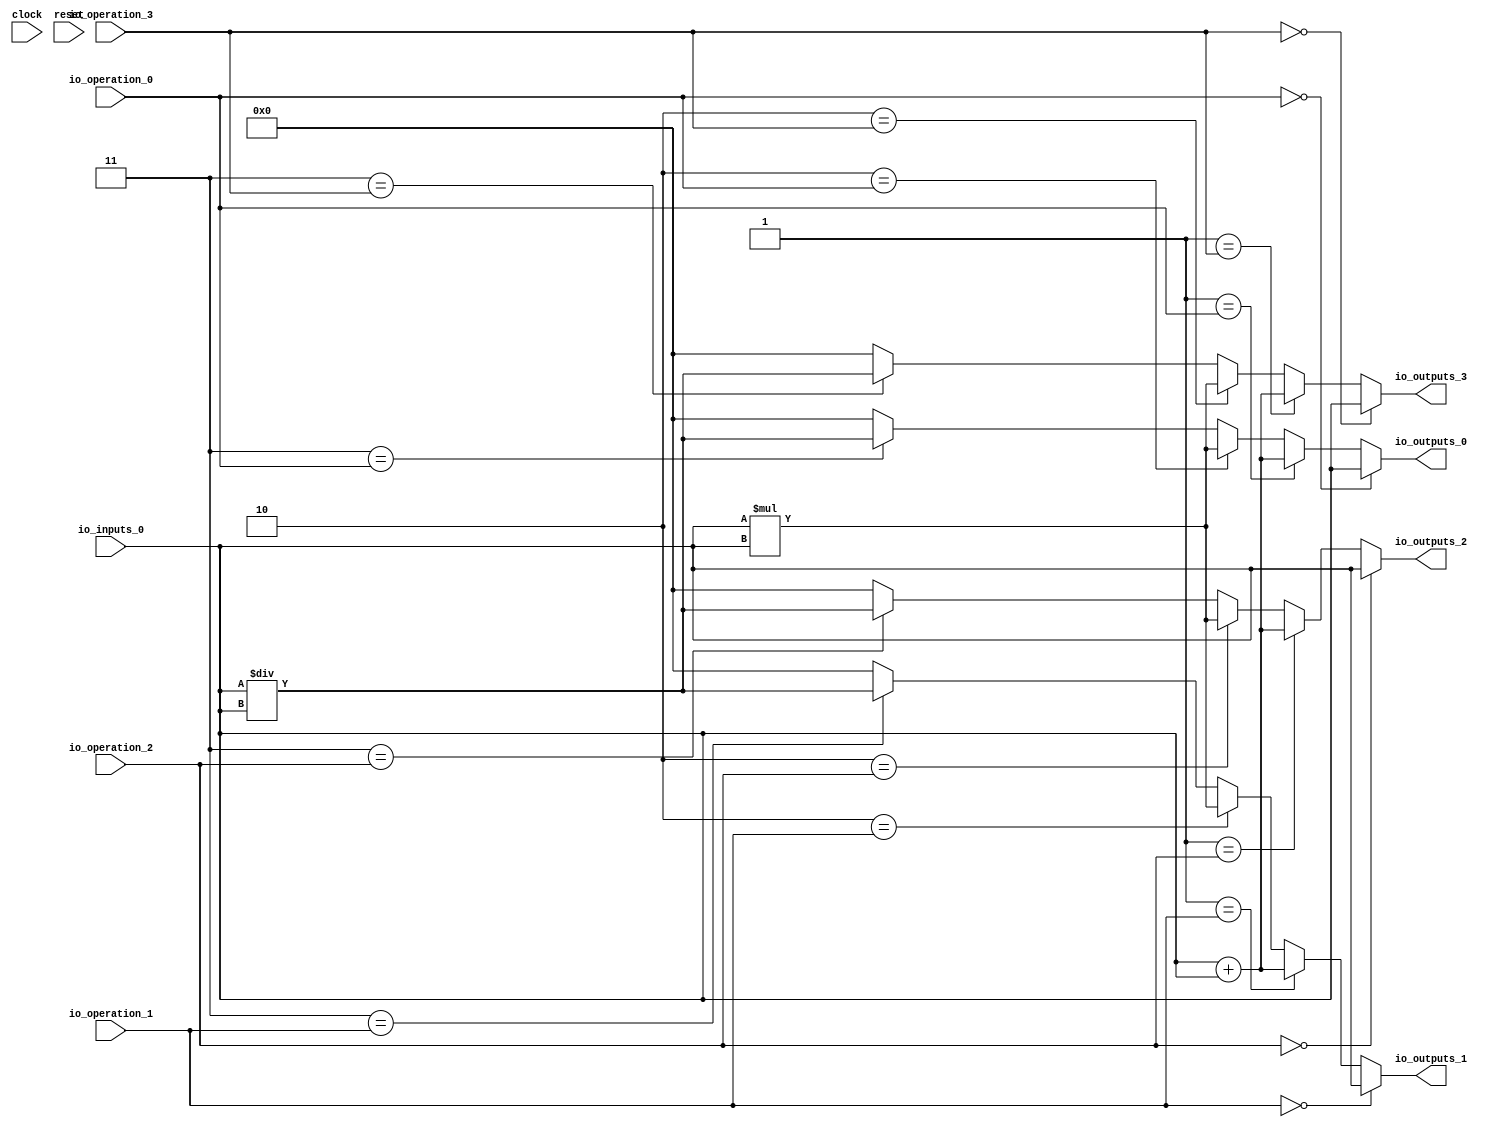
module MuxTest_width_64_inputs_1_outputs_4_pipeline_0( // @[:@3.2]
  input         clock, // @[:@4.4]
  input         reset, // @[:@5.4]
  input  [2:0]  io_operation_0, // @[:@6.4]
  input  [2:0]  io_operation_1, // @[:@6.4]
  input  [2:0]  io_operation_2, // @[:@6.4]
  input  [2:0]  io_operation_3, // @[:@6.4]
  input  [63:0] io_inputs_0, // @[:@6.4]
  output [63:0] io_outputs_0, // @[:@6.4]
  output [63:0] io_outputs_1, // @[:@6.4]
  output [63:0] io_outputs_2, // @[:@6.4]
  output [63:0] io_outputs_3 // @[:@6.4]
);
  wire [64:0] _T_244; // @[MuxTest_width_64_inputs_1_outputs_4_pipeline_0s.scala 32:53:@8.4]
  wire [63:0] _T_245; // @[MuxTest_width_64_inputs_1_outputs_4_pipeline_0s.scala 32:53:@9.4]
  wire [127:0] _T_247; // @[MuxTest_width_64_inputs_1_outputs_4_pipeline_0s.scala 33:58:@10.4]
  wire [63:0] _T_249; // @[MuxTest_width_64_inputs_1_outputs_4_pipeline_0s.scala 34:56:@11.4]
  wire  _T_250; // @[Mux.scala 46:19:@12.4]
  wire [63:0] _T_251; // @[Mux.scala 46:16:@13.4]
  wire  _T_252; // @[Mux.scala 46:19:@14.4]
  wire [127:0] _T_253; // @[Mux.scala 46:16:@15.4]
  wire  _T_254; // @[Mux.scala 46:19:@16.4]
  wire [127:0] _T_255; // @[Mux.scala 46:16:@17.4]
  wire  _T_256; // @[Mux.scala 46:19:@18.4]
  wire [127:0] _T_257; // @[Mux.scala 46:16:@19.4]
  wire  _T_267; // @[Mux.scala 46:19:@24.4]
  wire [63:0] _T_268; // @[Mux.scala 46:16:@25.4]
  wire  _T_269; // @[Mux.scala 46:19:@26.4]
  wire [127:0] _T_270; // @[Mux.scala 46:16:@27.4]
  wire  _T_271; // @[Mux.scala 46:19:@28.4]
  wire [127:0] _T_272; // @[Mux.scala 46:16:@29.4]
  wire  _T_273; // @[Mux.scala 46:19:@30.4]
  wire [127:0] _T_274; // @[Mux.scala 46:16:@31.4]
  wire  _T_284; // @[Mux.scala 46:19:@36.4]
  wire [63:0] _T_285; // @[Mux.scala 46:16:@37.4]
  wire  _T_286; // @[Mux.scala 46:19:@38.4]
  wire [127:0] _T_287; // @[Mux.scala 46:16:@39.4]
  wire  _T_288; // @[Mux.scala 46:19:@40.4]
  wire [127:0] _T_289; // @[Mux.scala 46:16:@41.4]
  wire  _T_290; // @[Mux.scala 46:19:@42.4]
  wire [127:0] _T_291; // @[Mux.scala 46:16:@43.4]
  wire  _T_301; // @[Mux.scala 46:19:@48.4]
  wire [63:0] _T_302; // @[Mux.scala 46:16:@49.4]
  wire  _T_303; // @[Mux.scala 46:19:@50.4]
  wire [127:0] _T_304; // @[Mux.scala 46:16:@51.4]
  wire  _T_305; // @[Mux.scala 46:19:@52.4]
  wire [127:0] _T_306; // @[Mux.scala 46:16:@53.4]
  wire  _T_307; // @[Mux.scala 46:19:@54.4]
  wire [127:0] _T_308; // @[Mux.scala 46:16:@55.4]
  assign _T_244 = io_inputs_0 + io_inputs_0; // @[MuxTest_width_64_inputs_1_outputs_4_pipeline_0s.scala 32:53:@8.4]
  assign _T_245 = io_inputs_0 + io_inputs_0; // @[MuxTest_width_64_inputs_1_outputs_4_pipeline_0s.scala 32:53:@9.4]
  assign _T_247 = io_inputs_0 * io_inputs_0; // @[MuxTest_width_64_inputs_1_outputs_4_pipeline_0s.scala 33:58:@10.4]
  assign _T_249 = io_inputs_0 / io_inputs_0; // @[MuxTest_width_64_inputs_1_outputs_4_pipeline_0s.scala 34:56:@11.4]
  assign _T_250 = 3'h3 == io_operation_0; // @[Mux.scala 46:19:@12.4]
  assign _T_251 = _T_250 ? _T_249 : 64'h0; // @[Mux.scala 46:16:@13.4]
  assign _T_252 = 3'h2 == io_operation_0; // @[Mux.scala 46:19:@14.4]
  assign _T_253 = _T_252 ? _T_247 : {{64'd0}, _T_251}; // @[Mux.scala 46:16:@15.4]
  assign _T_254 = 3'h1 == io_operation_0; // @[Mux.scala 46:19:@16.4]
  assign _T_255 = _T_254 ? {{64'd0}, _T_245} : _T_253; // @[Mux.scala 46:16:@17.4]
  assign _T_256 = 3'h0 == io_operation_0; // @[Mux.scala 46:19:@18.4]
  assign _T_257 = _T_256 ? {{64'd0}, io_inputs_0} : _T_255; // @[Mux.scala 46:16:@19.4]
  assign _T_267 = 3'h3 == io_operation_1; // @[Mux.scala 46:19:@24.4]
  assign _T_268 = _T_267 ? _T_249 : 64'h0; // @[Mux.scala 46:16:@25.4]
  assign _T_269 = 3'h2 == io_operation_1; // @[Mux.scala 46:19:@26.4]
  assign _T_270 = _T_269 ? _T_247 : {{64'd0}, _T_268}; // @[Mux.scala 46:16:@27.4]
  assign _T_271 = 3'h1 == io_operation_1; // @[Mux.scala 46:19:@28.4]
  assign _T_272 = _T_271 ? {{64'd0}, _T_245} : _T_270; // @[Mux.scala 46:16:@29.4]
  assign _T_273 = 3'h0 == io_operation_1; // @[Mux.scala 46:19:@30.4]
  assign _T_274 = _T_273 ? {{64'd0}, io_inputs_0} : _T_272; // @[Mux.scala 46:16:@31.4]
  assign _T_284 = 3'h3 == io_operation_2; // @[Mux.scala 46:19:@36.4]
  assign _T_285 = _T_284 ? _T_249 : 64'h0; // @[Mux.scala 46:16:@37.4]
  assign _T_286 = 3'h2 == io_operation_2; // @[Mux.scala 46:19:@38.4]
  assign _T_287 = _T_286 ? _T_247 : {{64'd0}, _T_285}; // @[Mux.scala 46:16:@39.4]
  assign _T_288 = 3'h1 == io_operation_2; // @[Mux.scala 46:19:@40.4]
  assign _T_289 = _T_288 ? {{64'd0}, _T_245} : _T_287; // @[Mux.scala 46:16:@41.4]
  assign _T_290 = 3'h0 == io_operation_2; // @[Mux.scala 46:19:@42.4]
  assign _T_291 = _T_290 ? {{64'd0}, io_inputs_0} : _T_289; // @[Mux.scala 46:16:@43.4]
  assign _T_301 = 3'h3 == io_operation_3; // @[Mux.scala 46:19:@48.4]
  assign _T_302 = _T_301 ? _T_249 : 64'h0; // @[Mux.scala 46:16:@49.4]
  assign _T_303 = 3'h2 == io_operation_3; // @[Mux.scala 46:19:@50.4]
  assign _T_304 = _T_303 ? _T_247 : {{64'd0}, _T_302}; // @[Mux.scala 46:16:@51.4]
  assign _T_305 = 3'h1 == io_operation_3; // @[Mux.scala 46:19:@52.4]
  assign _T_306 = _T_305 ? {{64'd0}, _T_245} : _T_304; // @[Mux.scala 46:16:@53.4]
  assign _T_307 = 3'h0 == io_operation_3; // @[Mux.scala 46:19:@54.4]
  assign _T_308 = _T_307 ? {{64'd0}, io_inputs_0} : _T_306; // @[Mux.scala 46:16:@55.4]
  assign io_outputs_0 = _T_257[63:0]; // @[MuxTest_width_64_inputs_1_outputs_4_pipeline_0s.scala 23:14:@56.4]
  assign io_outputs_1 = _T_274[63:0]; // @[MuxTest_width_64_inputs_1_outputs_4_pipeline_0s.scala 23:14:@57.4]
  assign io_outputs_2 = _T_291[63:0]; // @[MuxTest_width_64_inputs_1_outputs_4_pipeline_0s.scala 23:14:@58.4]
  assign io_outputs_3 = _T_308[63:0]; // @[MuxTest_width_64_inputs_1_outputs_4_pipeline_0s.scala 23:14:@59.4]
endmodule